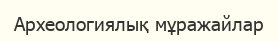
Археологиялық мұражайлар